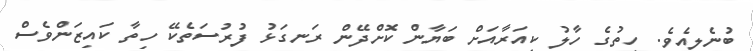
ބުނެލިއެވެ. ހިތުގެ ހާލު ކިއަރާއަށް ބަޔާން ކޮށްދޭން ރަނގަޅު ފުރުސަތެކޭ ހިތާ ކައިޒަންވެސް